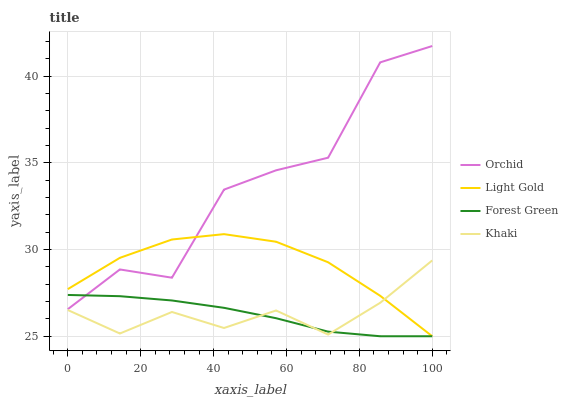
| xaxis_label | Orchid | Light Gold | Forest Green | Khaki |
 | --- | --- | --- | --- | --- |
 | 0 | 26.6 | 27.7 | 27.4 | 26.5 |
 | 14.3 | 28.9 | 29.5 | 27.3 | 25.2 |
 | 28.6 | 28.4 | 30.6 | 27.1 | 26.4 |
 | 42.9 | 33.5 | 30.9 | 26.6 | 25.5 |
 | 57.1 | 34.6 | 30.5 | 26 | 26.5 |
 | 71.4 | 35.3 | 29.3 | 25.3 | 25.1 |
 | 85.7 | 40.8 | 27.3 | 25 | 26.9 |
 | 100 | 41.7 | 25 | 25 | 29.4 |